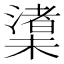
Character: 𪳼